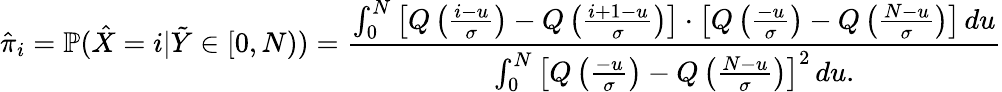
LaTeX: \hat{\pi}_{i}=\mathbb{P}(\hat{X}=i|\tilde{Y}\in[0,N))=\frac{\int_{0}^{N}\left[Q\left(\frac{i-u}{\sigma}\right)-Q\left(\frac{i+1-u}{\sigma}\right)\right]\cdot\left[Q\left(\frac{-u}{\sigma}\right)-Q\left(\frac{N-u}{\sigma}\right)\right]\, du}{\int_{0}^{N}\left[Q\left(\frac{-u}{\sigma}\right)-Q\left(\frac{N-u}{\sigma}\right)\right]^{2}\, du.}